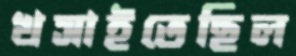
খসাইতেছিল